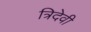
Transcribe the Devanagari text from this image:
त्रिदेवी